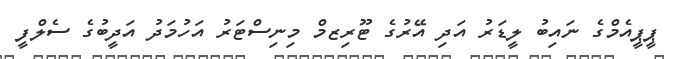
ޕީޕީއެމްގެ ނައިބު ލީޑަރު އަދި އޭރުގެ ޓޫރިޒމް މިނިސްޓަރު އަހުމަދު އަދީބުގެ ސެލްފީ